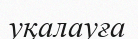
уқалауға